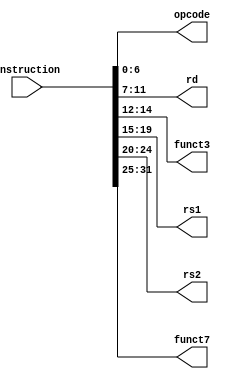
`timescale 1ns / 1ps 
module parser( 
    input [31:0] instruction,                                 //input instruction 32 bit 
    output reg [6:0] opcode,                                // opcode 7 bit 
    output reg [4:0] rd,                                        //output register 5 bit 
    output reg [2:0] funct3,                                 //function 3 bit 
    output reg [4:0] rs1,                                      // register 1 5 bit 
    output reg [4:0] rs2,                                      // register 2 5 bit 
    output reg [6:0] funct7                                 // function 7 bit 
    ); 
    always @* 
    begin 
    opcode <= instruction[6:0];       // Extract bits 0-6 for opcode 
    rd <= instruction[11:7];             // Extract bits 7-11 for destination register 
    funct3 <= instruction[14:12];    // Extract bits 12-14 for function3 
    rs1 <= instruction[19:15];         // Extract bits 15-19 for source register 1                                        
    rs2 <= instruction[24:20];         // Extract bits 20-24 for source register 2
    funct7 <= instruction[31:25];    // Extract bits 25-31 for function7
    end 
endmodule